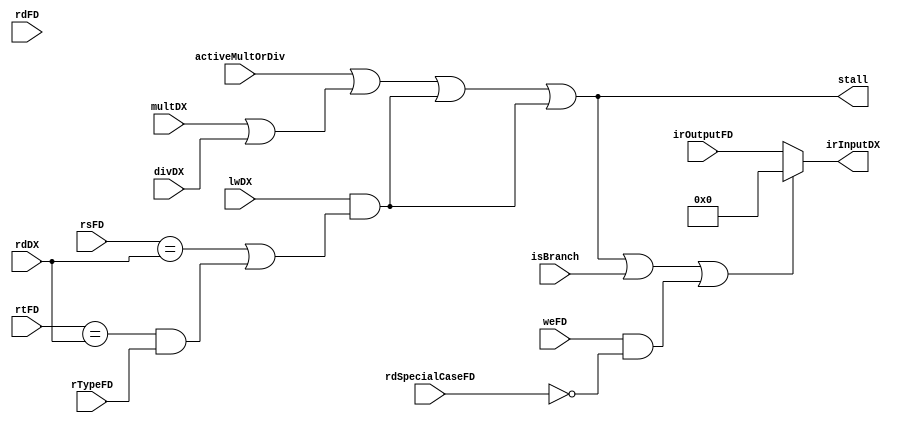
module stallModule (irInputDX, stall, activeMultOrDiv, multDX, divDX, lwDX, rTypeFD, rsFD, rtFD, rdFD, rdDX, weFD, irOutputFD, rdSpecialCaseFD, isBranch);
    output stall;
    output [31:0] irInputDX;
    input activeMultOrDiv, multDX, divDX, lwDX, rTypeFD,  weFD, isBranch;
    input [4:0] rsFD, rtFD, rdFD, rdSpecialCaseFD, rdDX;
    input [31:0] irOutputFD;
    wire stallMD;
    //TODO: ACTIVE MULT/DIV NOT MADE YET
    assign stallMD =  activeMultOrDiv || (multDX || divDX) || (lwDX && ((rsFD == rdDX) || (rtFD == rdDX) && rTypeFD));
    assign stall = stallMD ||  (lwDX && ((rsFD == rdDX) || (rtFD == rdDX) && rTypeFD)) ;
    assign irInputDX = stall || isBranch || (weFD && rdSpecialCaseFD == 5'b00000) ? 32'b00000000000000000000000000000000 : irOutputFD;
endmodule